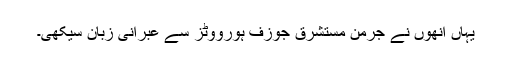
یہاں انھوں نے جرمن مستشرق جوزف ہورووٹز سے عبرانی زبان سیکھی۔